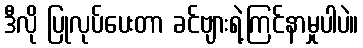
ဒီလို ပြုလုပ်ပေးတာ ခင်ဗျားရဲ့ကြင်နာမှုပါပဲ။